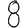
Digit: 8